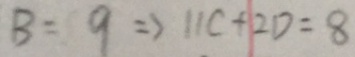
B = 9 \rightarrow 1 1 C + 2 D = 8